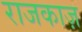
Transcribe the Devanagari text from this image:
राजकाज़